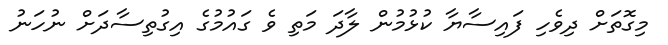
މިގޮތަށް ދިވެހި ފައިސާޔާ ކުޅުމުން ލާދަ މަތި ވެ ގައުމުގެ އިގުތިސާދަށް ނުހަނު